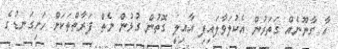
އާ ގާނޫނެއް ގަތަރުން އެކުލަވާލައިފި އާއިލީ ގޮތުން ގުޅުން ނެތް ފަރާތްތަކަށް ހަށިގަނޑުގެ